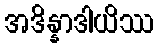
အဒိန္နာဒါယိဿ